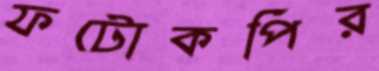
ফটোকপির